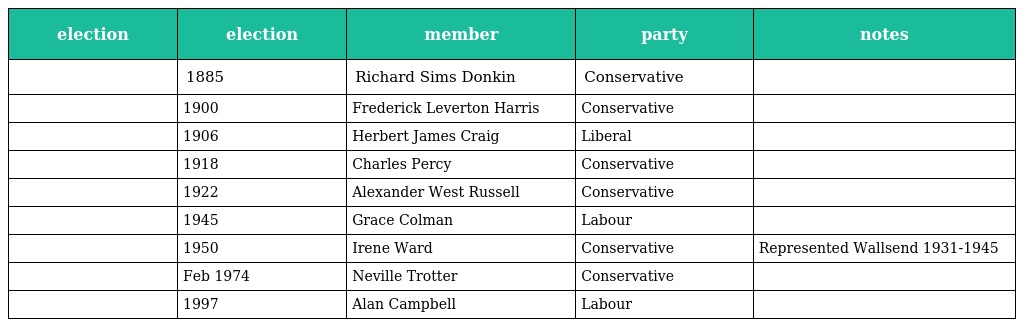
| election | election | member | party | notes |
 | --- | --- | --- | --- | --- |
 |  | 1885 | Richard Sims Donkin | Conservative |  |
 |  | 1900 | Frederick Leverton Harris | Conservative |  |
 |  | 1906 | Herbert James Craig | Liberal |  |
 |  | 1918 | Charles Percy | Conservative |  |
 |  | 1922 | Alexander West Russell | Conservative |  |
 |  | 1945 | Grace Colman | Labour |  |
 |  | 1950 | Irene Ward | Conservative | Represented Wallsend 1931-1945 |
 |  | Feb 1974 | Neville Trotter | Conservative |  |
 |  | 1997 | Alan Campbell | Labour |  |